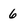
Character: 6